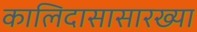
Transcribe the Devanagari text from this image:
कालिदासासारख्या